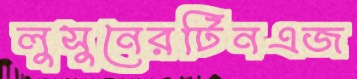
লুসুনেরটিনএজ